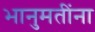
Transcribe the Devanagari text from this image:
भानुमतींना